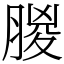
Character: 朡